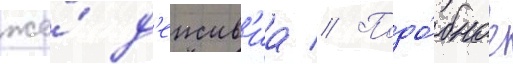
же́ д'еиств'иа // Подо́бное